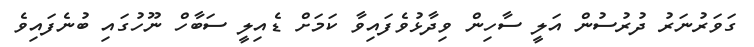
ގަވަރުނަރު ދުރުސުން އަލީ ސާހިން ވިދާޅުވެފައިވާ ކަމަށް ޑެއިލީ ސަބާހް ނޫހުގައި ބުނެފައިވެ